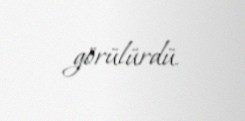
görülürdü.